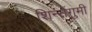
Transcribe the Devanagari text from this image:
शिन्सेंगुमी